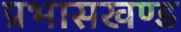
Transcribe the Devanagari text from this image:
प्रभासखण्ड